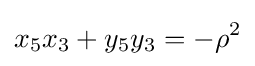
x_{5}x_{3}+y_{5}y_{3}=-\rho ^{2}